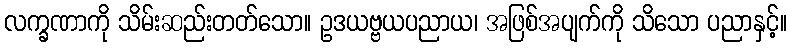
လက္ခဏာကို သိမ်းဆည်းတတ်သော။ ဥဒယဗ္ဗယပညာယ၊ အဖြစ်အပျက်ကို သိသော ပညာနှင့်။